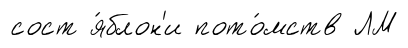
сост я́блон'и пото́мств ЛМ